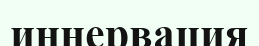
иннервация